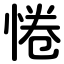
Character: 惓